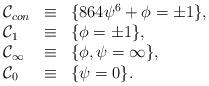
LaTeX: \begin{align*}\begin{array}{lcl} {\cal C}_{con} & \equiv & \{ 864 \psi^6+ \phi = \pm 1 \}, \\ {\cal C}_{1} & \equiv & \{ \phi = \pm 1 \}, \\ {\cal C}_{\infty} & \equiv & \{ \phi, \psi = \infty \}, \\ {\cal C}_{0} & \equiv & \{ \psi = 0 \}. \end{array}\end{align*}